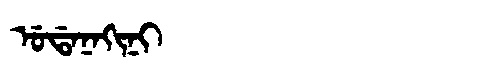
Manchu: ᡠᡩᠠᠨᠠᡴᡳᠨᡳ
Romanization: UDANAKINI